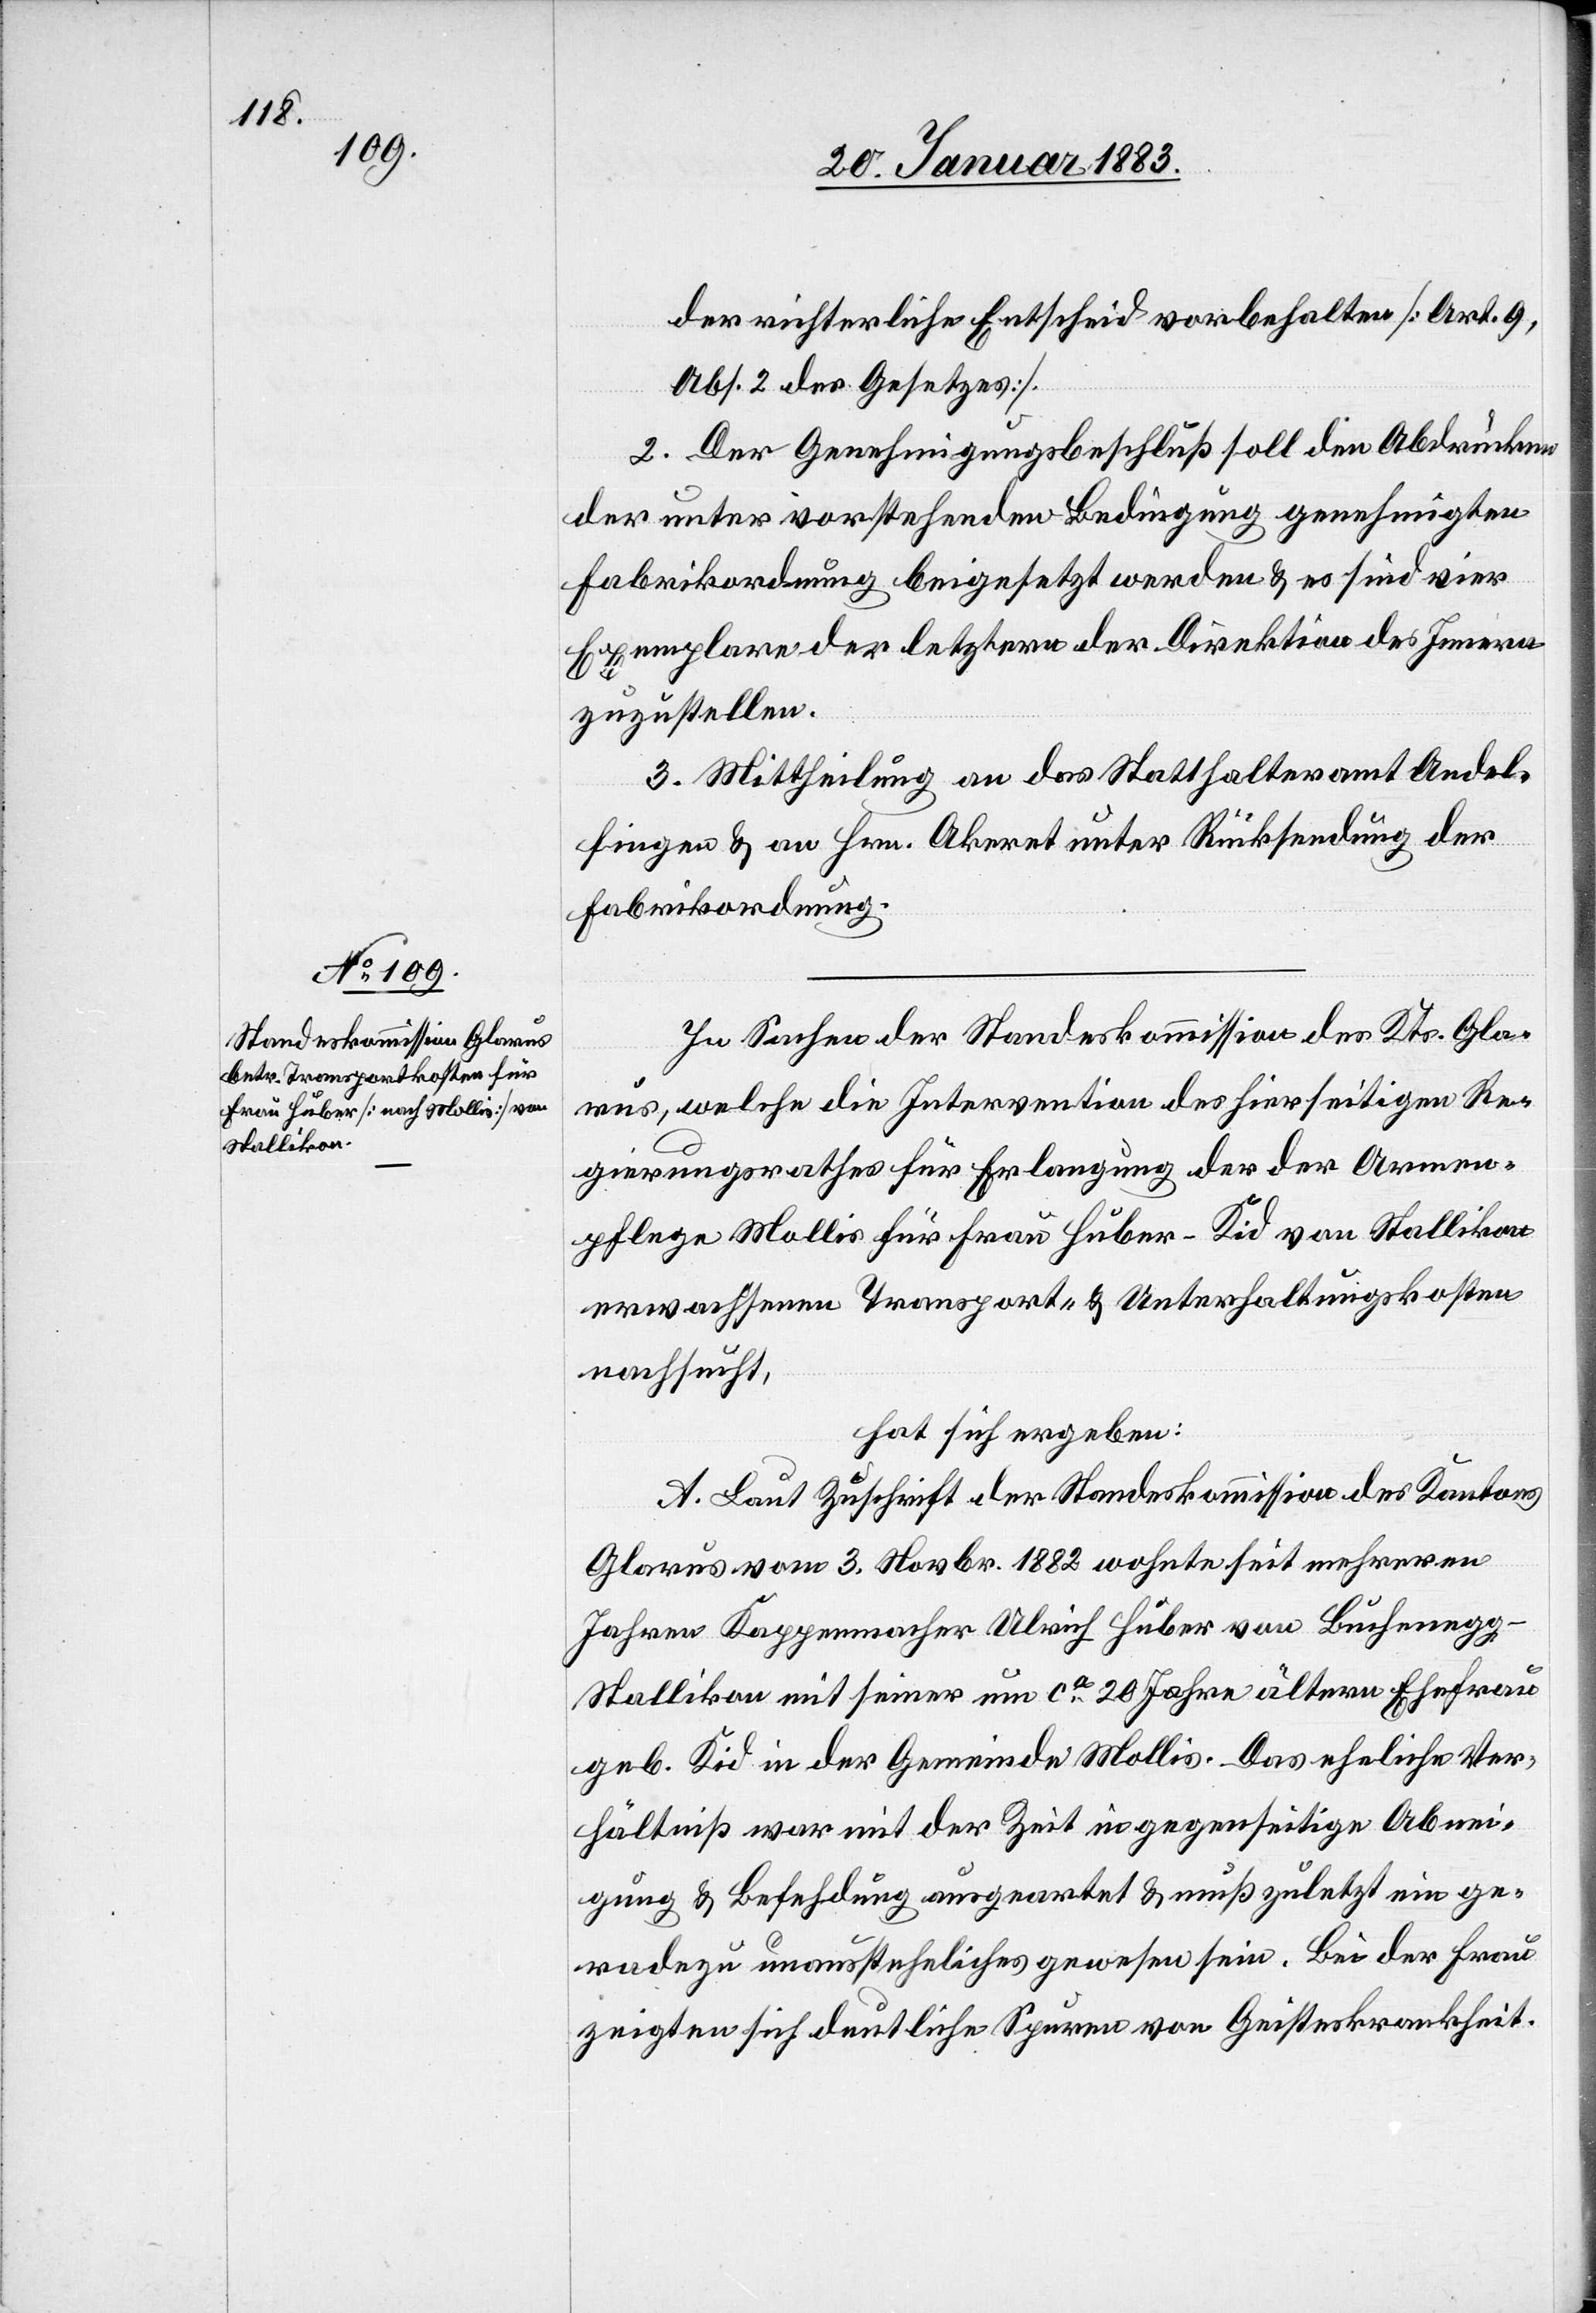
der richterliche Entscheid vorbehalten [Art. 9,
Abs. 2 des Gesetzes].
2. Der Genehmigungsbeschluß soll den Abdrücken
der unter vorstehenden Bedingungen genehmigten
Fabrikordnung beigesetzt werden & es sind vier
Exemplare der letztern der Direktion des Innern
zuzustellen.
3. Mittheilung an das Statthalteramt Andel¬
fingen & an Hrn. Akeret unter Rücksendung der
Fabrikordnung.
In Sachen der Standeskommission des Kts. Gla¬
rus, welche die Intervention des hierseitigen Re¬
gierungsrathes für Erlangung der der Armen¬
pflege Mollis für Frau Huber-Kid von Stallikon
erwachsenen Transport- & Unterhaltungskosten
nachsucht,
hat sich ergeben:
A. Laut Zuschrift der Standeskommission des Kantons
Glarus vom 3. Novbr. 1882 wohnte seit mehreren
Jahren Kappenmacher Huber von Buchenegg
Stallikon mit seiner um ca 20 Jahre ältern Ehefrau
geb. Kid in der Gemeinde Mollis. Das eheliche Ver¬
hältniß war mit der Zeit in gegenseitige Abnei¬
gung & Befehdung ausgeartet & muß zuletzt ein ge¬
radezu unausstehliches gewesen sein. Bei der Frau
zeigten sich deutliche Spuren von Geisteskrankheit.